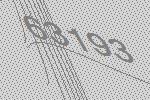
63193